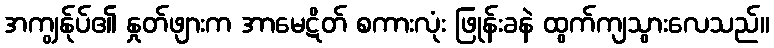
အကျွန်ုပ်၏ နှုတ်ဖျားက အာမေဋိတ် စကားလုံး ဖြုန်းခနဲ ထွက်ကျသွားလေသည်။